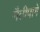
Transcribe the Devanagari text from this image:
मैतीपागे